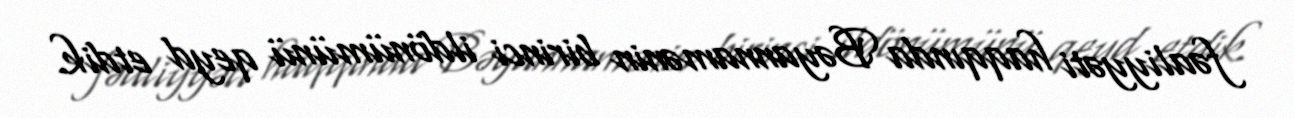
fəaliyyəti haqqında Bəyannamənin birinci ildönümünü qeyd etdik.